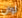
لوان